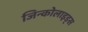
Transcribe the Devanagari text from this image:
जिन्कोलाइड्स